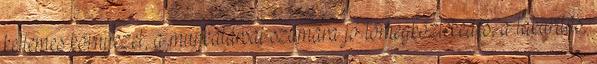
kellemes környezet, a munkatársai számára jó tömegközlekedés, a takarítás,